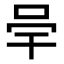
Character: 𭇖